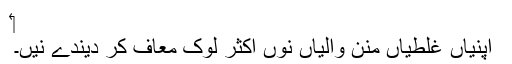
‏
اپنیاں غلطیاں منن والیاں نُوں اکثر لوک معاف کر دیندے نیں۔